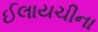
ઈલાયચીના